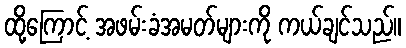
ထို့ကြောင့် အဖမ်းခံအမတ်များကို ကယ်ချင်သည်။